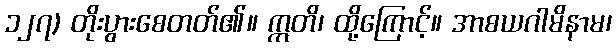
၁၂၇) တိုးပွားစေတတ်၏။ ဣတိ၊ ထို့ကြောင့်။ အာစယဂါမိနာမ၊